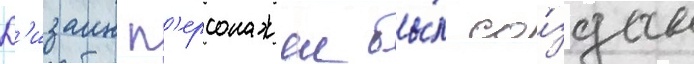
Д'изаин п'ерсонажеи бы́л со́здан